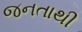
જનતાથી